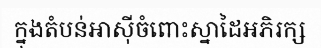
ក្នុងតំបន់អាស៊ីចំពោះស្នាដៃអភិរក្ស